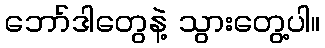
ဘော်ဒါတွေနဲ့ သွားတွေ့ပါ။